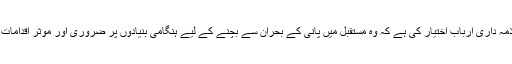
زیادہ ذمہ داری ارباب اختیار کی ہے کہ وہ مستقبل میں پانی کے بحران سے بچنے کے لیے ہنگامی بنیادوں پر ضروری اور موثر اقدامات کریں۔